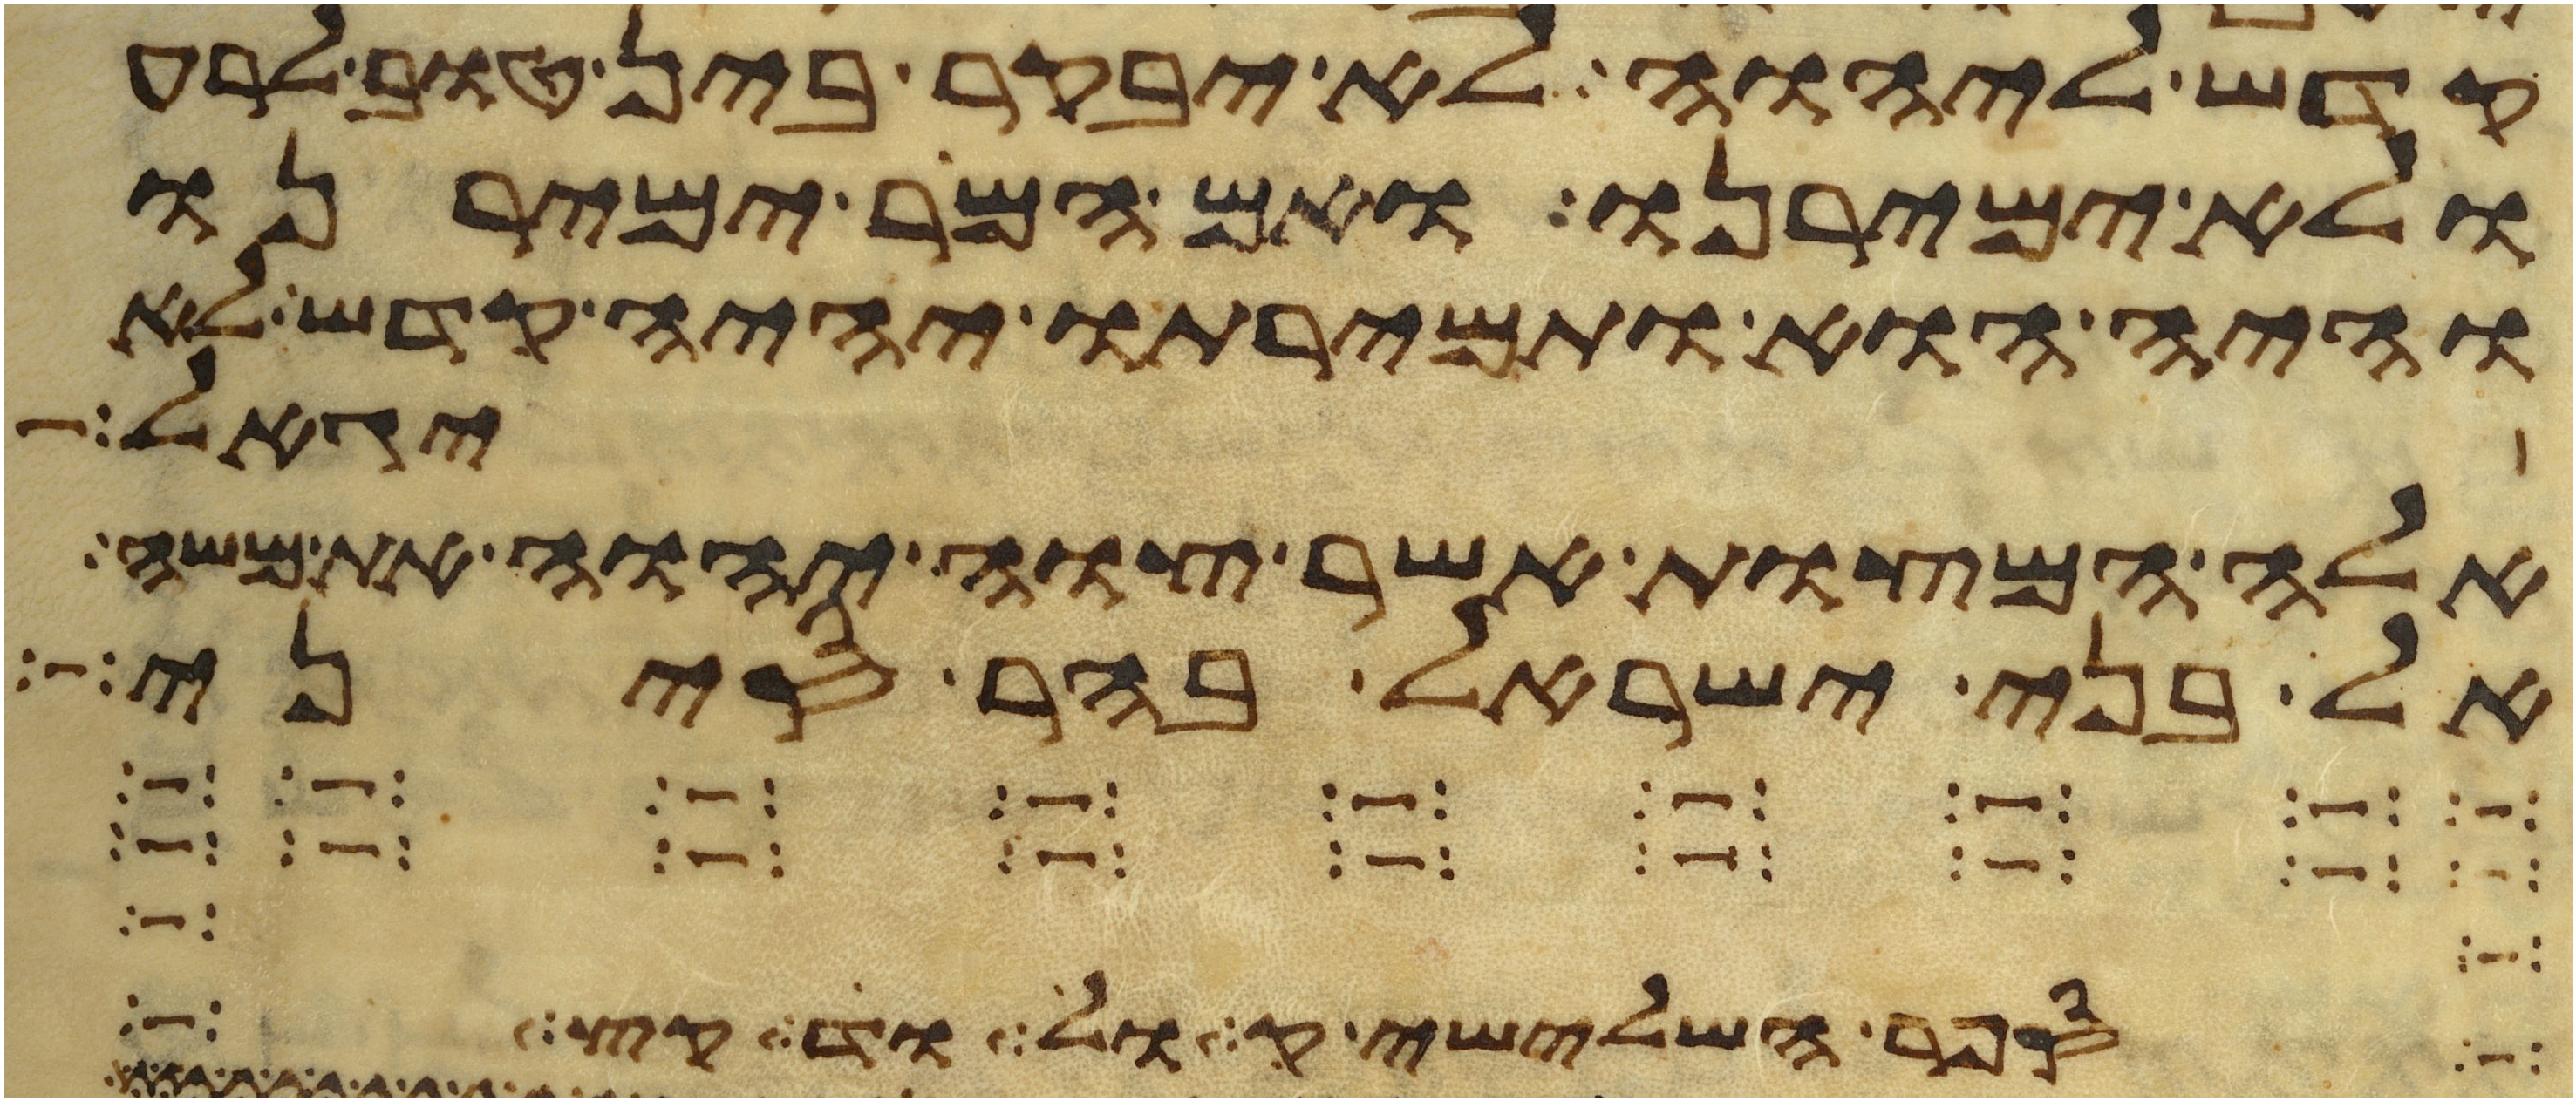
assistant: קדש ליהוה לא יבקר בין טוב לרע
ולא ימירנו ואם המר ימירנו
והיה הוא ותמירתו יהיה קדש לא
יגאל
אלה המצות אשר צוה יהוה את משה
אל בני ישראל בהר סיני
הנהר השלישי הדקל הוא